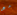
مع